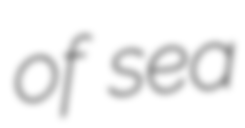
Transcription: of sea